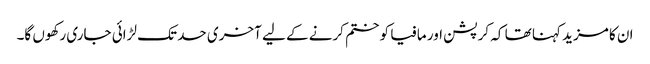
ان کا مزید کہنا تھا کہ کرپشن اور مافیا کو ختم کرنے کے لیے آخری حد تک لڑائی جاری رکھوں گا۔